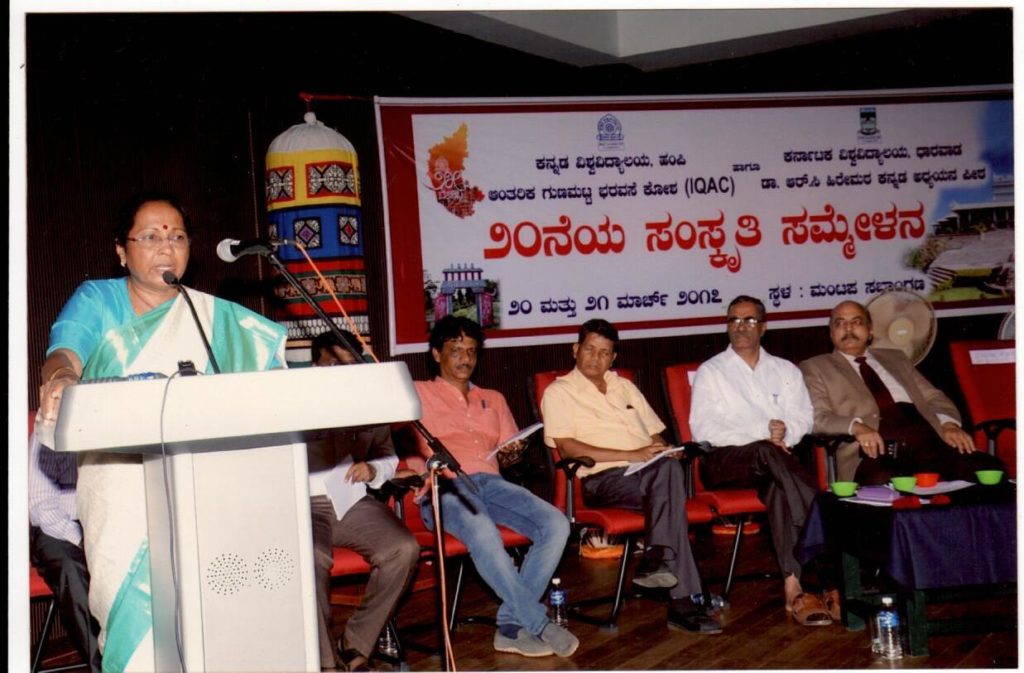
Language: kannada
Transcription: ಸಂಸ್ಕೃತಿ ಸಮ್ಮೇಳನ